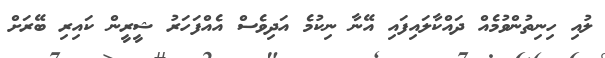
ލުއި ހިނިތުންވުމެއް ދައްކާލައިފައި އޭނާ ނިކުމެ އަދިވެސް އެއްފަހަރު ޝީރީން ކައިރި ބޭރަށް